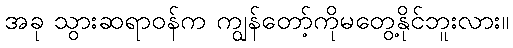
အခု သွားဆရာဝန်က ကျွန်တော့်ကိုမတွေ့နိုင်ဘူးလား။